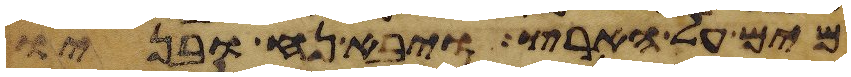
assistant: מים על הארץ ויבא נח ובניו